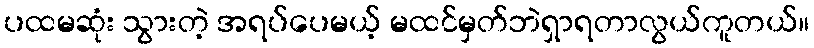
ပထမဆုံး သွားတဲ့ အရပ်ပေမယ့် မထင်မှတ်ဘဲရှာရတာလွယ်ကူတယ်။